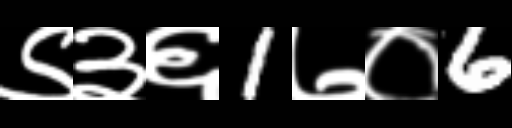
Text: ९३६1७०6